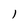
Character: l